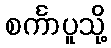
စင်္ကာပူသို့